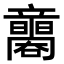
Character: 𥫐